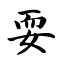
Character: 耍